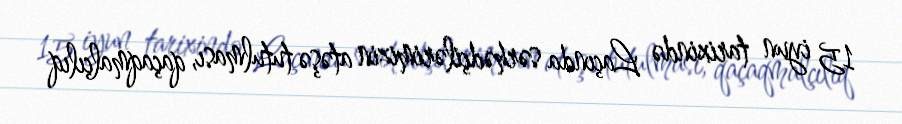
15 iyun tarixində Laçında sərhədçilərimizin atəşə tutulması, qaçaqmalçılıq